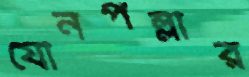
যৌনপল্লীর